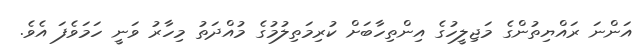
އަންނަ ރައްޔިތުންގެ މަޖިލީހުގެ އިންތިހާބަށް ކުރިމަތިލުމުގެ މުއްދަތު މިހާރު ވަނީ ހަމަވެފަ އެވެ.